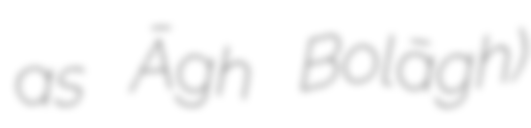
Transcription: as Āgh Bolāgh)